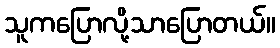
သူကပြောလို့သာပြောတယ်။